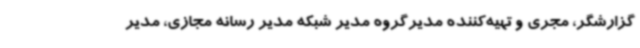
گزارشگر، مجری و تهیه‌کننده مدیرگروه مدیر شبکه مدیر رسانه مجازی، مدیر